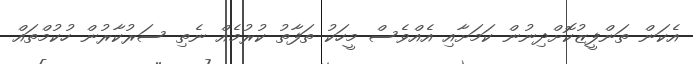
އެކަން ތަންފީޒުކޮށްދިނުން ކަމަށާއި އެއްވެސް މީހަކު ތަފާތު ކުރުމެއް ނެތި ސަރުކާރުން ހުކުމްތައް